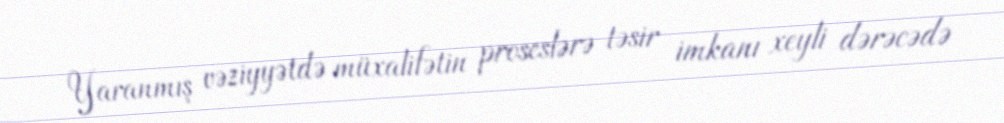
Yaranmış vəziyyətdə müxalifətin proseslərə təsir imkanı xeyli dərəcədə